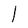
Character: l